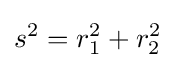
s^{2}=r_{1}^{2}+r_{2}^{2}